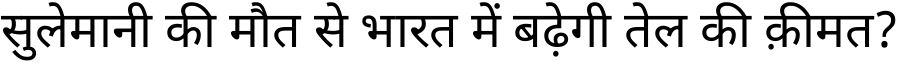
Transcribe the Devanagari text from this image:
सुलेमानी की मौत से भारत में बढ़ेगी तेल की क़ीमत?